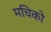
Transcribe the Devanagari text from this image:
मचिको